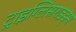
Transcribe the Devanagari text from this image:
ट्राइग्लिसराइड्स